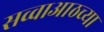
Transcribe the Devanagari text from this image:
सव्वाआठच्या